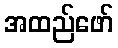
အထည်ဖော်